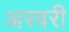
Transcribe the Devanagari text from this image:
अरवरी